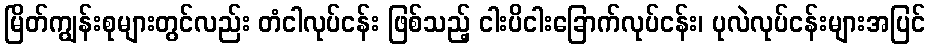
မြိတ်ကျွန်းစုများတွင်လည်း တံငါလုပ်ငန်း ဖြစ်သည့် ငါးပိငါးခြောက်လုပ်ငန်း၊ ပုလဲလုပ်ငန်းများအပြင်